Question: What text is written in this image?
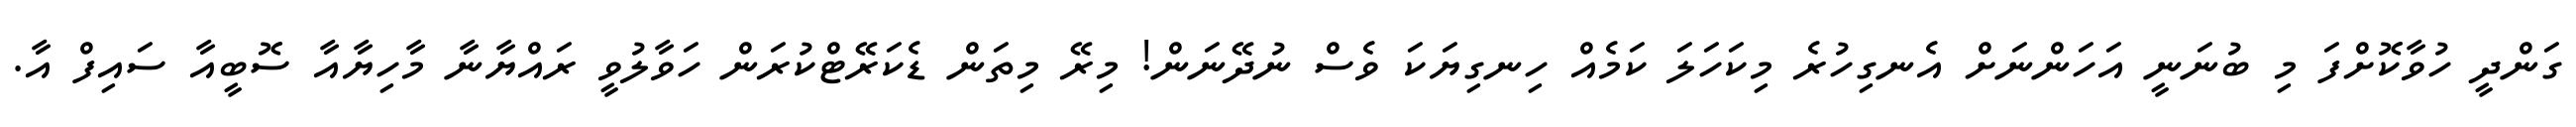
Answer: ގަންދީ ހުވާކޮށްފަ މި ބުނަނީ އަހަންނަށް އެނގިހުރެ މިކަހަލަ ކަމެއް ހިނގިޔަކަ ވެސް ނުދޭނަން! މިރޭ މިތަން ޑެކަރޭޓްކުރަން ހަވާލުވީ ރައްޔާނާ މާހިޔާއާ ސޮބީއާ ސައިފް އާ.